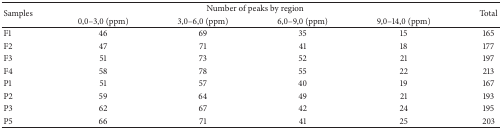
<table><thead><tr><td rowspan="2"><b>Samples</b></td><td colspan="4"><b>Number of peaks by region</b></td><td rowspan="2"><b>Total</b></td></tr><tr><td><b>0,0–3,0 (ppm)</b></td><td><b>3,0–6,0 (ppm)</b></td><td><b>6,0–9,0 (ppm)</b></td><td><b>9,0–14,0 (ppm)</b></td></tr></thead><tbody><tr><td>F1</td><td>46</td><td>69</td><td>35</td><td>15</td><td>165</td></tr><tr><td>F2</td><td>47</td><td>71</td><td>41</td><td>18</td><td>177</td></tr><tr><td>F3</td><td>51</td><td>73</td><td>52</td><td>21</td><td>197</td></tr><tr><td>F4</td><td>58</td><td>78</td><td>55</td><td>22</td><td>213</td></tr><tr><td>P1</td><td>51</td><td>57</td><td>40</td><td>19</td><td>167</td></tr><tr><td>P2</td><td>59</td><td>64</td><td>49</td><td>21</td><td>193</td></tr><tr><td>P3</td><td>62</td><td>67</td><td>42</td><td>24</td><td>195</td></tr><tr><td>P5</td><td>66</td><td>71</td><td>41</td><td>25</td><td>203</td></tr></tbody></table>